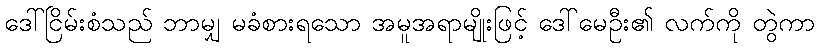
ဒေါ်ငြိမ်းစံသည် ဘာမျှ မခံစားရသော အမူအရာမျိုးဖြင့် ဒေါ်မေဦး၏ လက်ကို တွဲကာ